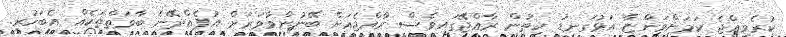
ކުރެވިއްޖެ ކަމަށްވަންޏާ އަޅުގަނޑު ހިތުން ރާއްޖޭގައިވެސް ރާއްޖެއަށް ބޭނުންވާވަރަށް އުފެއްދޭނެ ބާވަތްތަކެއް އެބަހުރި.